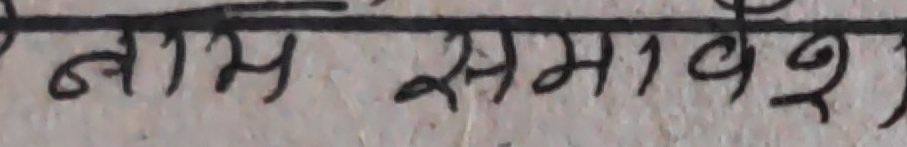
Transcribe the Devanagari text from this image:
नाम समावेश